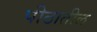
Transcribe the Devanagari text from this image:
पीठातील